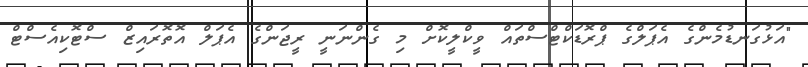
"އަޅުގަނޑުމެންގެ އެޕަލްގެ ޕްރޮޑަކްޓްސްތައް ވީކްލީކޮށް މި ގެންނަނީ ރީޖަންގެ އެޕަލް އޮޮތޮރައިޒް ސްޓޮކިއެސްޓް